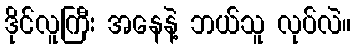
ဒိုင်လူကြီး အနေနဲ့ ဘယ်သူ လုပ်လဲ။